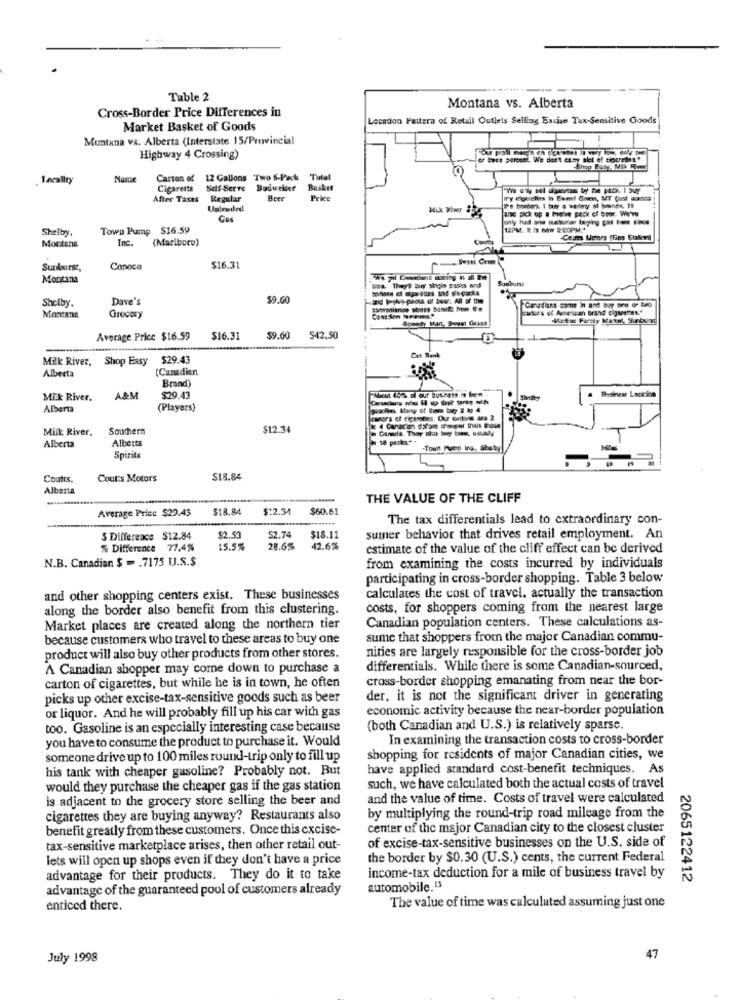
Table 2
Cross-Border Price Differences in
Montana vs. Alberta
Locadon Fattera of Retail Outlets Selling Excise Tax-Sensitive Goods
Market Basket of Goods
Muntana vs. Alberta (Interstate 15/Provincial
Highway 4 Crossing)
cr Bece percent. We don't etsy alot of clourethis*
Lacallty
Name
Carton of 12 Gallons Two 6-Pack
Tutul
Cigaretts
Self-Serre
Boqueker
Basket
After Taxes Regular
Price
wy courelas In Sweet Gars, MT Qjust anrdas
Unfeuded
te bondens. I buy a watley of boende, ti
the pick up a (velve pack of tror. We'w
Cas
Shelby.
Town Pump $16.59
12PM. R Is now 2:00PM"
Montana
Inc.
(Marlboro)
Sunburst,
Conoco
$16.31
Montana
Sunburst
Dave's
$9.60
Canadians come in and bay ore er berg
Shelby.
cantora of Ashesican brand cigarees."
Montana
Grocery
Pavel Grast!
Mutar Parziy Matel, Sunburst
Average Price $16.59
$16.31
$9.60
542.50
-
Milk River, Shop Easy
$29.4
Alberta
(Canadian
Brand)
MEk River.
A&M
$29.43
Alberta
(Players)
Milk River,
Southern
$12.34
Alberta
Alberta
-Town
Spirits
Coutts,
Cours Motors
$18.84
Alberta
THE VALUE OF THE CLIFF
Average Price $29.43
$18.84
$:2.34
$60.61
The tax differentials lead to extraordinary con-
$ Difference $12.84
$2.53
S2.74
$18.11
sumer behavior that drives retail employment. An
5 Difference 77.4%
15.5%
28.65
42.6%
estimate of the value of the cliff effect can be derived
N.B. Canadian $ = . 7175 U.S.$
from examining the costs incurred by individuals
participating in cross-border shopping. Table 3 below
and other shopping centers exist. These businesses
calculates the cost of travel. actually the transaction
along the border also benefit from this clustering.
costs, for shoppers coming from the nearest large
Canadian population centers. These calculations as-
Market places are created along the northern tier
because customers who travel to these areas to buy one
sume that shoppers from the major Canadian commu-
nities are largely responsible for the cross-border job
product will also buy other products from other stores.
A Canadian shopper may come down to purchase a
differentials. While there is some Canadian-sourced,
carton of cigarettes, but while he is in town, he often
cross-border shopping emanating from near the bor-
picks up other excise-tax-sensitive goods such as beer
der, it is not the significant driver in generating
economic activity because the near-border population
or liquor. And he will probably fill up his car with gas
too. Gasoline is an especially interesting case because
(both Canadian and U.S.) is relatively sparse.
you have to consume the product to purchase it. Would
In examining the transaction costs to cross-border
someone drive up to 100 miles round-trip only to fill up
shopping for residents of major Canadian cities, we
his tank with cheaper gasoline? Probably not. But
have applied standard cost-benefit techniques. As
would they purchase the cheaper gas if the gas station
such, we have calculated both the actual costs of travel
is adjacent to the grocery store selling the beer and
and the value of time. Costs of travel were calculated
cigarettes they are buying anyway? Restaurants also
by multiplying the round-trip road mileage from the
benefit greatly from these customers. Once this cxcise-
center of the major Canadian city to the closest cluster
of excise-tax-sensitive businesses on the U.S. side of
tax-sensitive marketplace arises, then other retail out-
lets will open up shops even if they don't have a price
the border by $0.30 (U.S.) cents, the current Federal
advantage for their products. They do it to take
income-tax deduction for a mile of business travel by
2065122412
advantage of the guaranteed pool of customers already
automobile, 13
enticed there.
The value of time was calculated assuming just one
July 1998
47